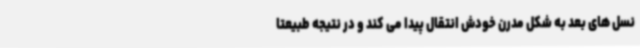
نسل های بعد به شکل مدرن خودش انتقال پیدا می کند و در نتیجه طبیعتا